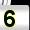
Digit: 5